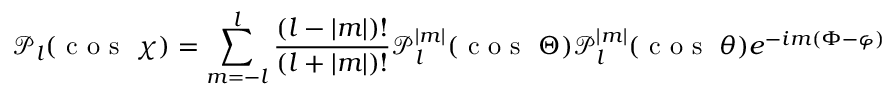
\mathcal { P } _ { l } ( \textrm { c o s } \ \chi ) = \sum _ { m = - l } ^ { l } \frac { ( l - | m | ) ! } { ( l + | m | ) ! } \mathcal { P } _ { l } ^ { | m | } ( \textrm { c o s } \ \Theta ) \mathcal { P } _ { l } ^ { | m | } ( \textrm { c o s } \ \theta ) e ^ { - i m ( \Phi - \varphi ) }